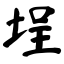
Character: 埕